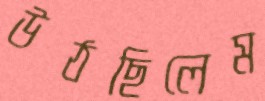
উঠছিলেম